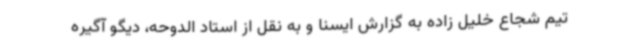
تیم شجاع خلیل زاده به گزارش ایسنا و به نقل از استاد الدوحه، دیگو آگیره